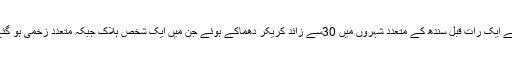
ہڑتال سے ایک رات قبل سندھ کے متعدد شہروں میں 30سے زائد کریکر دھماکے ہوئے جن میں ایک شخص ہلاک جبکہ متعدد زخمی ہو گئے تھے۔